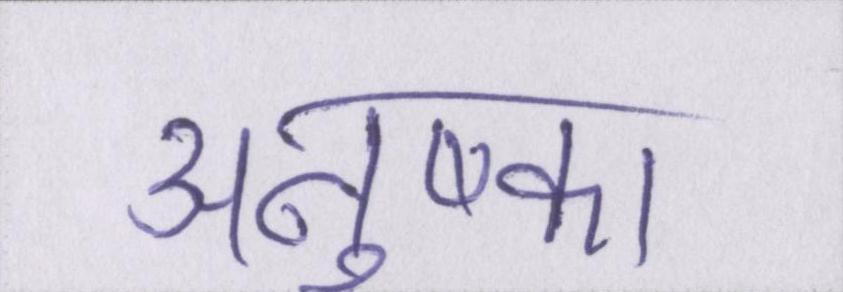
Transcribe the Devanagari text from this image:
अनुष्का